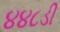
૪૪૮ડી